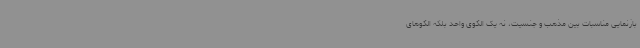
بازنمایی مناسبات بین مذهب و جنسیت، نه یک الگوی واحد بلکه الگوهای